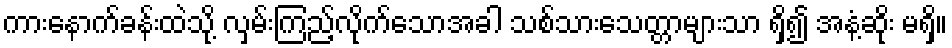
ကားနောက်ခန်းထဲသို့ လှမ်းကြည့်လိုက်သောအခါ သစ်သားသေတ္တာများသာ ရှိ၍ အနံ့ဆိုး မရှိ။